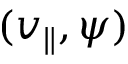
( v _ { \parallel } , \psi )